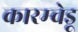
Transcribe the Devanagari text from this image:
कारम्चेडू